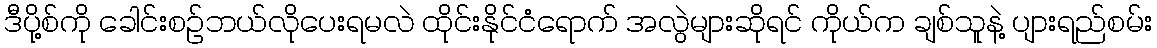
ဒီပို့စ်ကို ခေါင်းစဉ်ဘယ်လိုပေးရမလဲ ထိုင်းနိုင်ငံရောက် အလွဲများဆိုရင် ကိုယ်က ချစ်သူနဲ့ ပျားရည်စမ်း